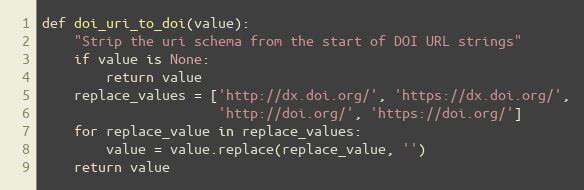
Language: Python
def doi_uri_to_doi(value):
    "Strip the uri schema from the start of DOI URL strings"
    if value is None:
        return value
    replace_values = ['http://dx.doi.org/', 'https://dx.doi.org/',
                      'http://doi.org/', 'https://doi.org/']
    for replace_value in replace_values:
        value = value.replace(replace_value, '')
    return value